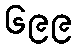
၆၉၉